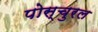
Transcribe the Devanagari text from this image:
पोस्चुरल